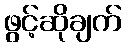
ဖွင့်ဆိုချက်